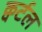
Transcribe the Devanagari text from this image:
क्वर्टल